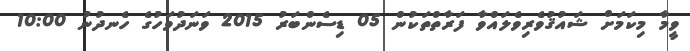
ވީމާ މިކަމަށް ޝައުޤުވެރިވެލައްވާ ފަރާތްތަކުން 05 ޑިސެންބަރު 2015 ވަނަދުވަހުގެ ހެނދުނު 10:00